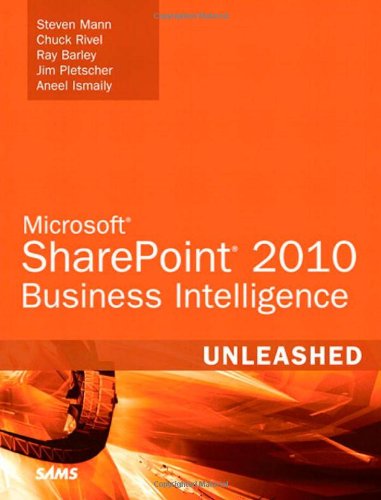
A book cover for Microsoft SharePoint 2010 Business Intelligence Unleashed; Steven Mann; Computers & Technology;